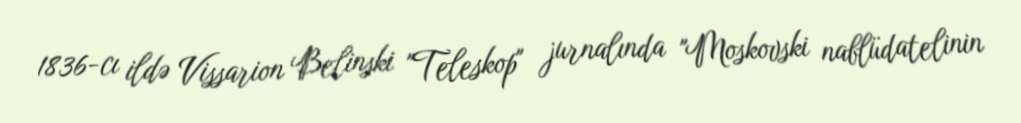
1836-cı ildə Vissarion Belinski "Teleskop" jurnalında "Moskovski nablüdatelinin